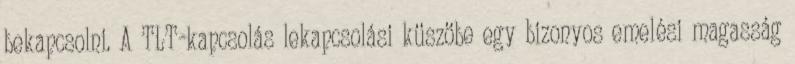
bekapcsolni. A TLT-kapcsolás lekapcsolási küszöbe egy bizonyos emelési magasság